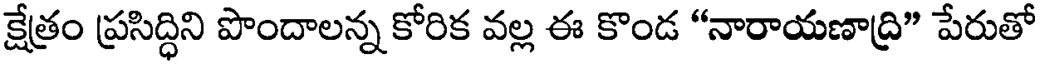
క్షేత్రం ప్రసిద్ధిని పొందాలన్న కోరిక వల్ల ఈ కొండ "నారాయణాద్రి" పేరుతో